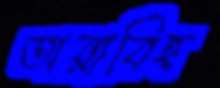
তারাবিহ্